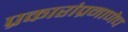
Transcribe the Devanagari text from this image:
प्रकारांप्रमाणेच